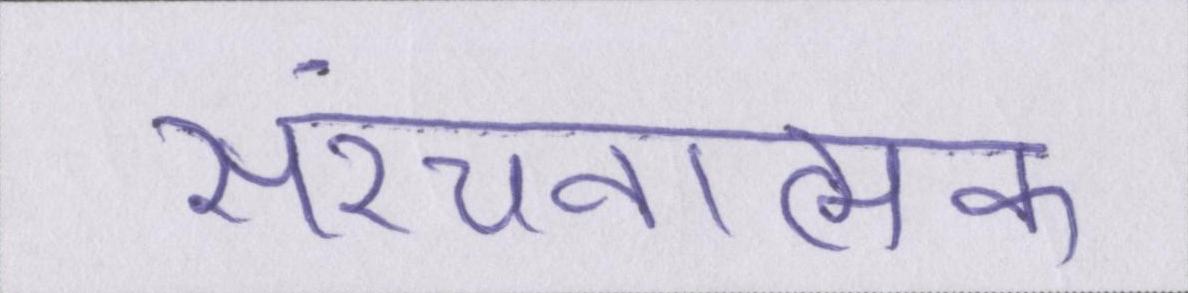
संरचनात्मक